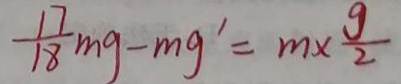
\frac { 1 7 } { 1 8 } m g - m g ^ { \prime } = m \times \frac { 9 } { 2 }